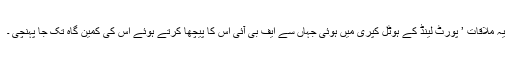
یہ ملاقات ’ پورٹ لینڈ کے ہوٹل کپری میں ہوئی جہاں سے ایف بی آئی اس کا پیچھا کرتے ہوئے اس کی کمین گاہ تک جا پہنچی ۔